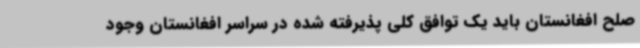
صلح افغانستان باید یک توافق کلی پذیرفته شده در سراسر افغانستان وجود